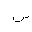
Letter: _sin